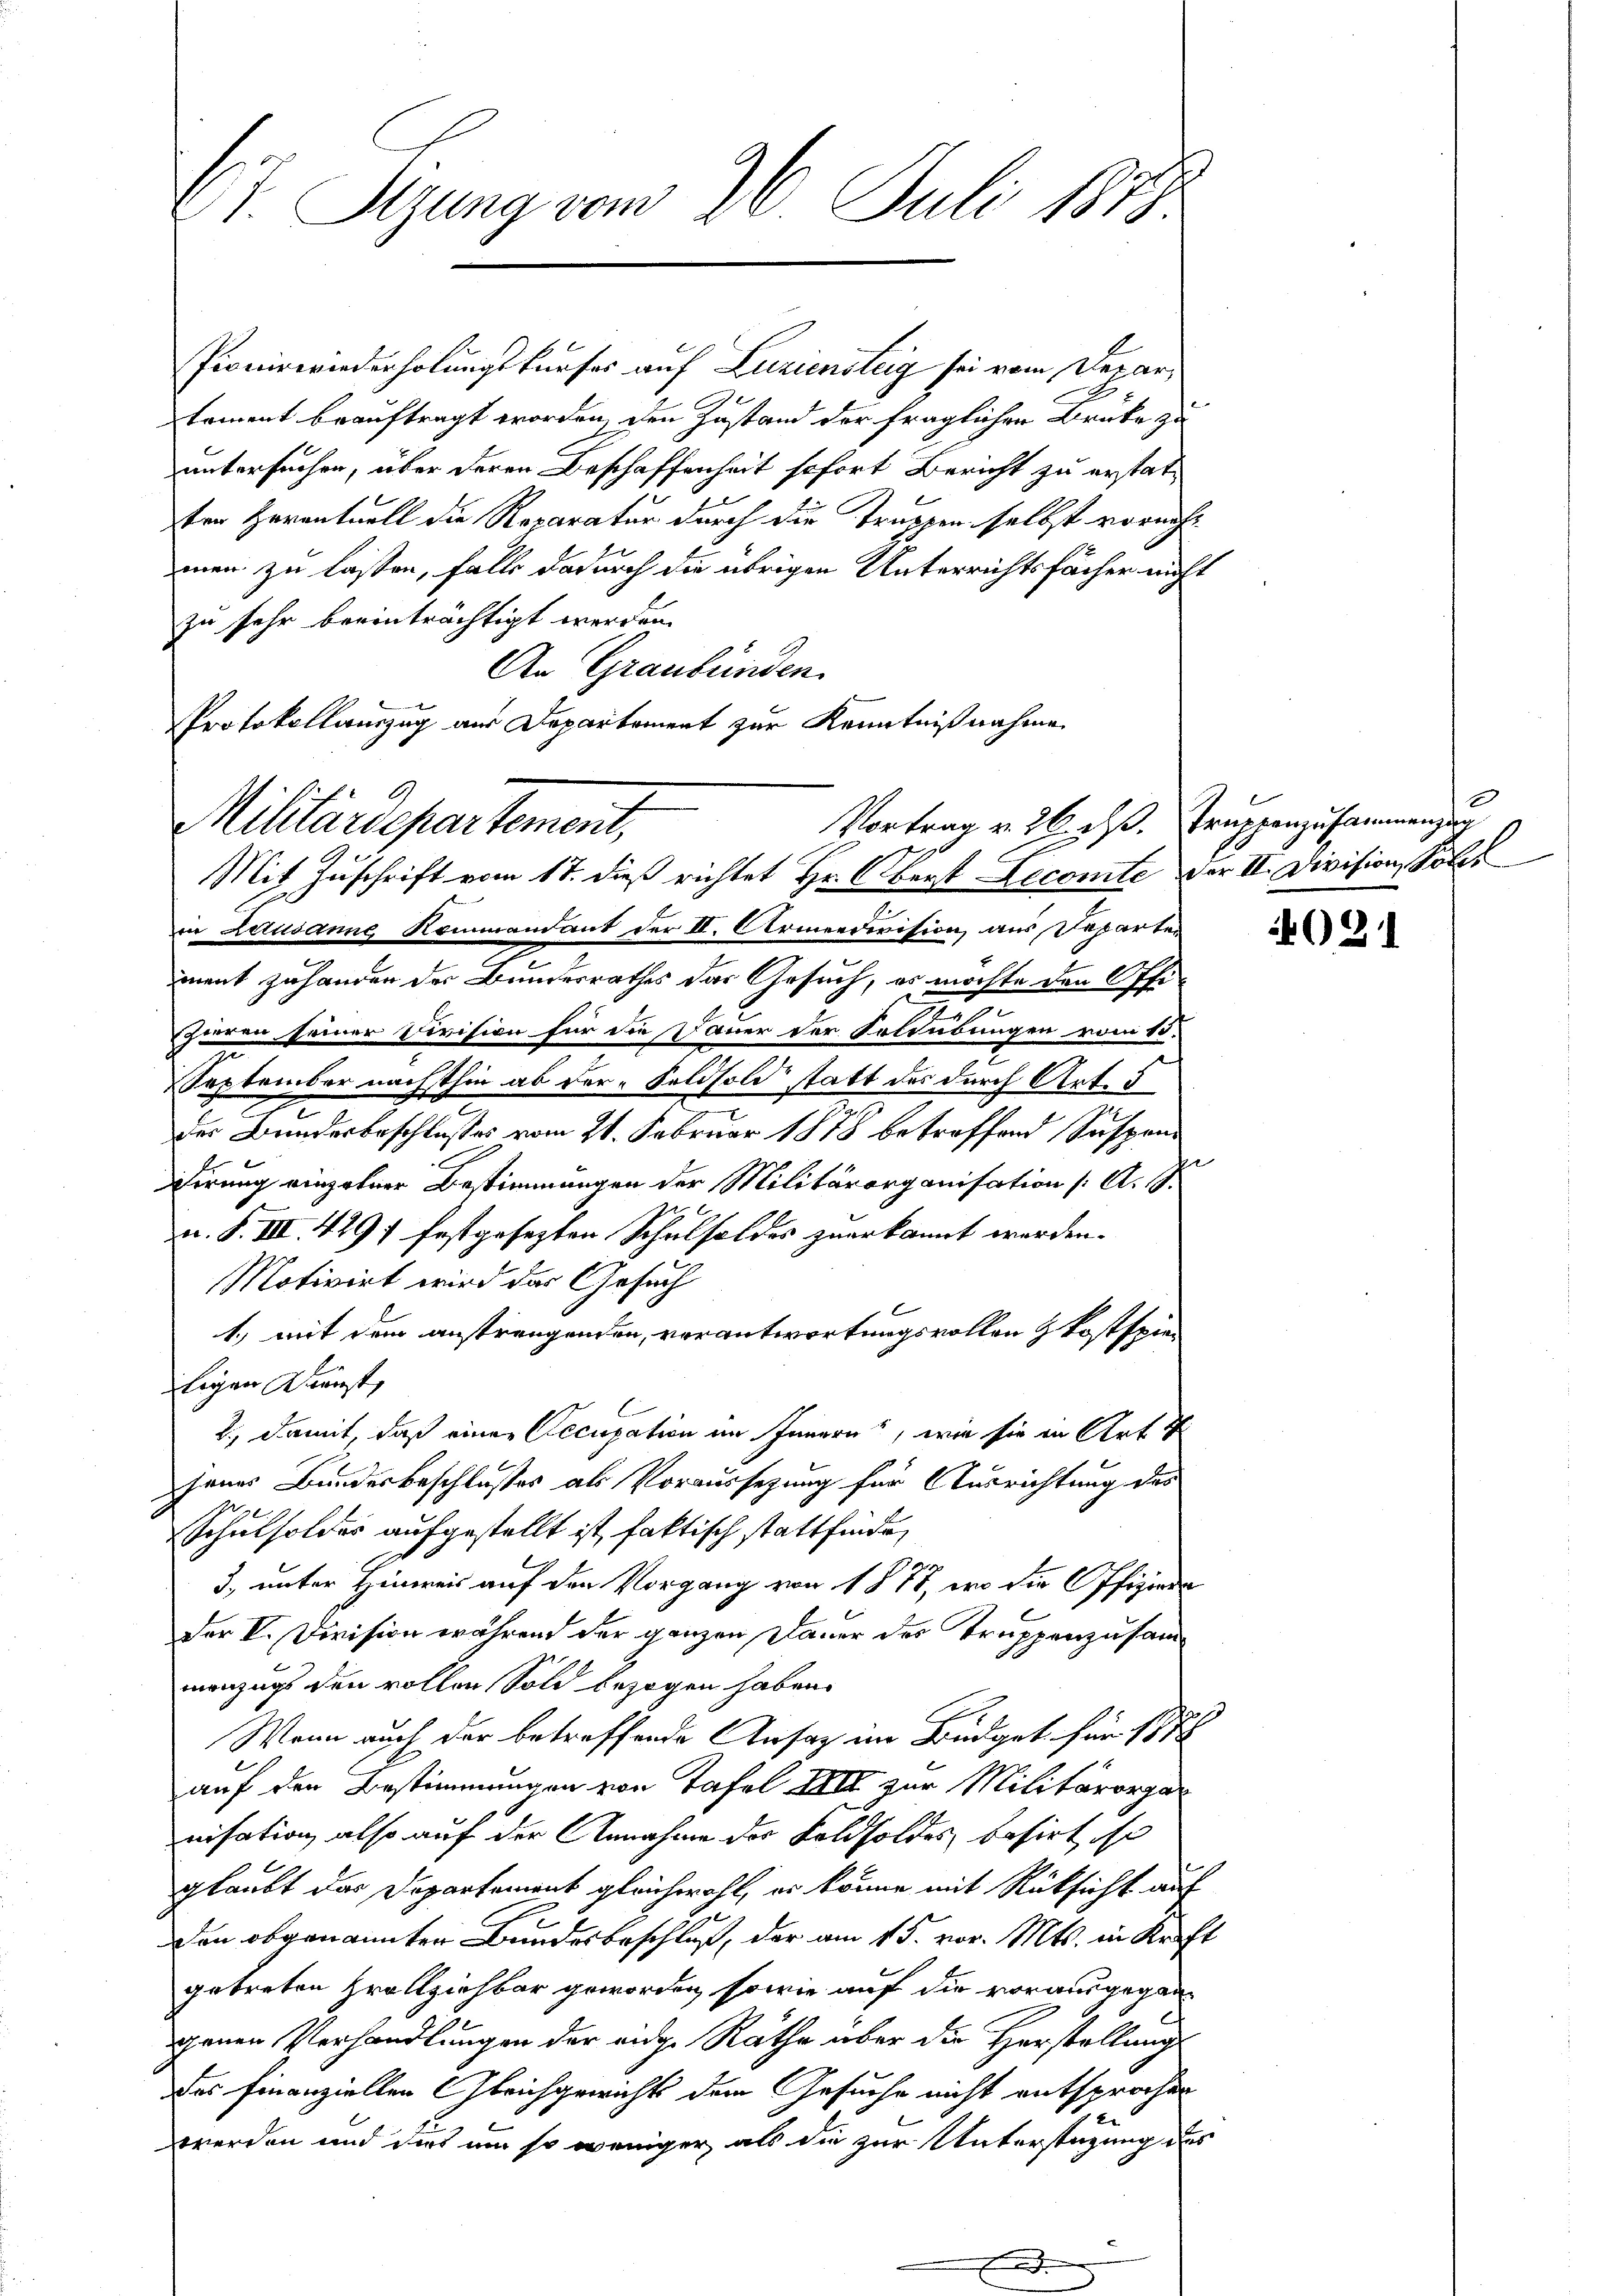
Ct. Sizung vom 26. Juli 1879

Pionirwiederholungskurses auf Luziensteig sei vom Departoment beauftragt worden, den Zustand der fraglichen Brüke zu
untersuchen, über deren Beschaffenheit sofort Bericht zu erstattern Haventuell die Reparatur durch die Truppen selbst vornicht
men zu lassen, falls dadurch die übrigen Unterrichtsfächer nicht
zu sehr beeinträchtigt werden.
An Graubünden.
x
in Lausanne Kommandant der II. Armeedivision, aus, Departen
ment zuhanden der Bundesrathes das Gesuch, es möchte den Offi¬
2
pieren seiner Division für die Dauer der Soldübungen vom 13.
n
2
September nächsthin ab der Feldsold statt des durch Art. 5
der Bundesbeschlusses vom 21. Februar 1878 betreffend Suspendirung einzelner Bestimmungen der Militärorganisation (: A. G.
u. S. III. 429 festgesezten Schulsoldes zuerkannt werden.
Motivirt wird der Gesuch
1.) mit dem anstrengenden, verantwortungsvollen kostspie
ligen Kunst,
2.), damit, daß einer Accupation im Innern, wie sie in Art
jenes Bundesbeschlusses als Voraussezung für Ausrichtung des
3 x
Schulsoldes aufgestellt ist, faktisch stattfinde,
3, unter Hinweis auf den Vorgang von 1877, wo die Offiziere
Der V. Division während der ganzen Dauer der Truppenzusammenzugs den vollen Sold bezogen haben
Wenn auch der betreffende Ansatz im Büdget für 187
auf den Bestimmungen von Tafel III zur Militärorganisation also auf der Annahme der Foldsoldes basirt, so
glaubt das Departement gleichwohl, er könne mit Rüksicht auf
den obgenannten Bundesbeschluß, der am 15. vor. Mts. in Kraft
getreten Hollziehbar geworden, sowie auf die vorausgegangenen Verhandlungen der eidg. Räthe über die Herstellungs
des Finanziellen Gleichgewichts dem Gesuche nicht entsprochen
werden und dies um so weniger, als die zur Unterstüzung des

PProtokollauszug aus Departement zur Kenntnißnahme
Vortrag v. 26. dß. Truppenzusammenzug
Militärdepartement,
90
Mit Zuschrift vom 17. dieß richtet Hr. Oberst Lecomte der II. Division, Polet

031